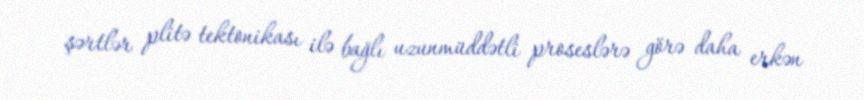
şərtlər plitə tektonikası ilə bağlı uzunmüddətli proseslərə görə daha erkən